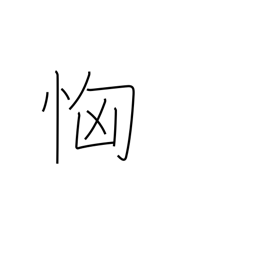
Meaning: fear